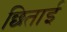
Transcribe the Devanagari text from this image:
छिताई